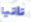
تأتيا